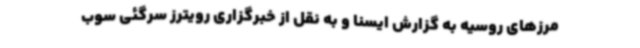
مرزهای روسیه به گزارش ایسنا و به نقل از خبرگزاری رویترز سرگئی سوب